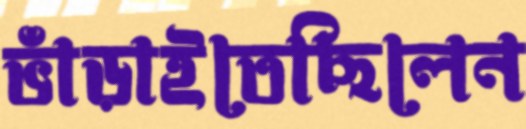
ভাঁড়াইতেছিলেন